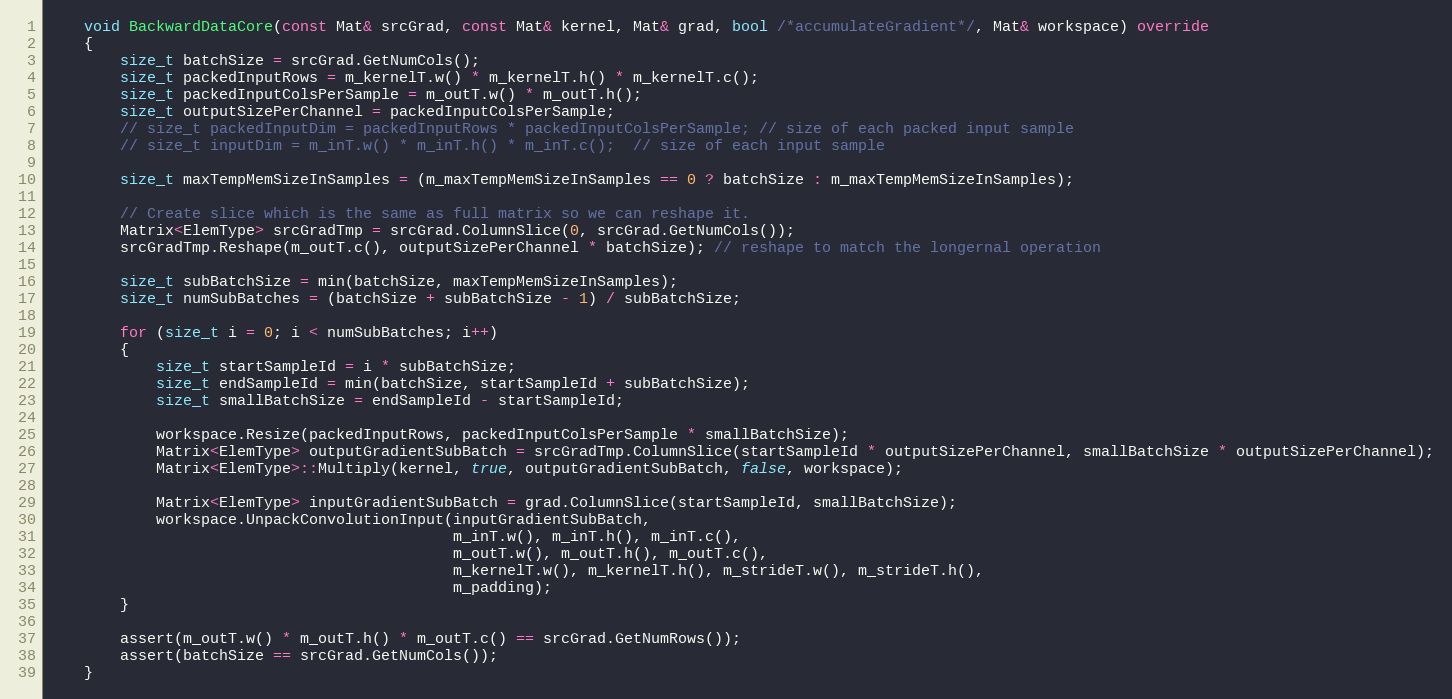
Language: C++
    void BackwardDataCore(const Mat& srcGrad, const Mat& kernel, Mat& grad, bool /*accumulateGradient*/, Mat& workspace) override
    {
        size_t batchSize = srcGrad.GetNumCols();
        size_t packedInputRows = m_kernelT.w() * m_kernelT.h() * m_kernelT.c();
        size_t packedInputColsPerSample = m_outT.w() * m_outT.h();
        size_t outputSizePerChannel = packedInputColsPerSample;
        // size_t packedInputDim = packedInputRows * packedInputColsPerSample; // size of each packed input sample
        // size_t inputDim = m_inT.w() * m_inT.h() * m_inT.c();  // size of each input sample

        size_t maxTempMemSizeInSamples = (m_maxTempMemSizeInSamples == 0 ? batchSize : m_maxTempMemSizeInSamples);

        // Create slice which is the same as full matrix so we can reshape it.
        Matrix<ElemType> srcGradTmp = srcGrad.ColumnSlice(0, srcGrad.GetNumCols());
        srcGradTmp.Reshape(m_outT.c(), outputSizePerChannel * batchSize); // reshape to match the longernal operation

        size_t subBatchSize = min(batchSize, maxTempMemSizeInSamples);
        size_t numSubBatches = (batchSize + subBatchSize - 1) / subBatchSize;

        for (size_t i = 0; i < numSubBatches; i++)
        {
            size_t startSampleId = i * subBatchSize;
            size_t endSampleId = min(batchSize, startSampleId + subBatchSize);
            size_t smallBatchSize = endSampleId - startSampleId;

            workspace.Resize(packedInputRows, packedInputColsPerSample * smallBatchSize);
            Matrix<ElemType> outputGradientSubBatch = srcGradTmp.ColumnSlice(startSampleId * outputSizePerChannel, smallBatchSize * outputSizePerChannel);
            Matrix<ElemType>::Multiply(kernel, true, outputGradientSubBatch, false, workspace);

            Matrix<ElemType> inputGradientSubBatch = grad.ColumnSlice(startSampleId, smallBatchSize);
            workspace.UnpackConvolutionInput(inputGradientSubBatch,
                                             m_inT.w(), m_inT.h(), m_inT.c(),
                                             m_outT.w(), m_outT.h(), m_outT.c(),
                                             m_kernelT.w(), m_kernelT.h(), m_strideT.w(), m_strideT.h(),
                                             m_padding);
        }

        assert(m_outT.w() * m_outT.h() * m_outT.c() == srcGrad.GetNumRows());
        assert(batchSize == srcGrad.GetNumCols());
    }